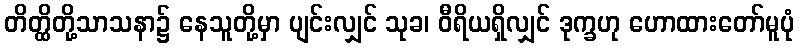
တိတ္ထိတို့သာသနာ၌ နေသူတို့မှာ ပျင်းလျှင် သုခ၊ ဝီရိယရှိလျှင် ဒုက္ခဟု ဟောထားတော်မူပုံ